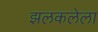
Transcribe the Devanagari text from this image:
झलकलेला